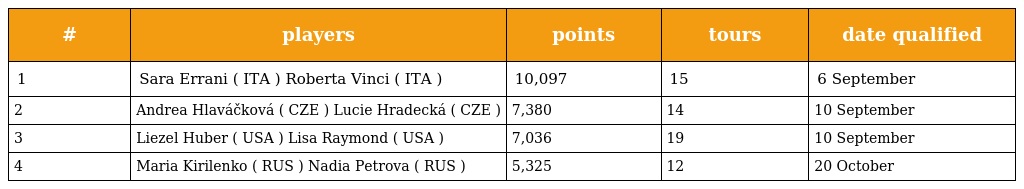
| # | players | points | tours | date qualified |
 | --- | --- | --- | --- | --- |
 | 1 | Sara Errani ( ITA ) Roberta Vinci ( ITA ) | 10,097 | 15 | 6 September |
 | 2 | Andrea Hlaváčková ( CZE ) Lucie Hradecká ( CZE ) | 7,380 | 14 | 10 September |
 | 3 | Liezel Huber ( USA ) Lisa Raymond ( USA ) | 7,036 | 19 | 10 September |
 | 4 | Maria Kirilenko ( RUS ) Nadia Petrova ( RUS ) | 5,325 | 12 | 20 October |